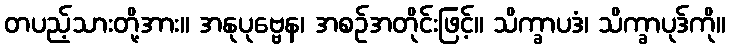
တပည့်သားတို့အား။ အနုပုဗ္ဗေန၊ အစဉ်အတိုင်းဖြင့်။ သိက္ခာပဒံ၊ သိက္ခာပုဒ်ကို။